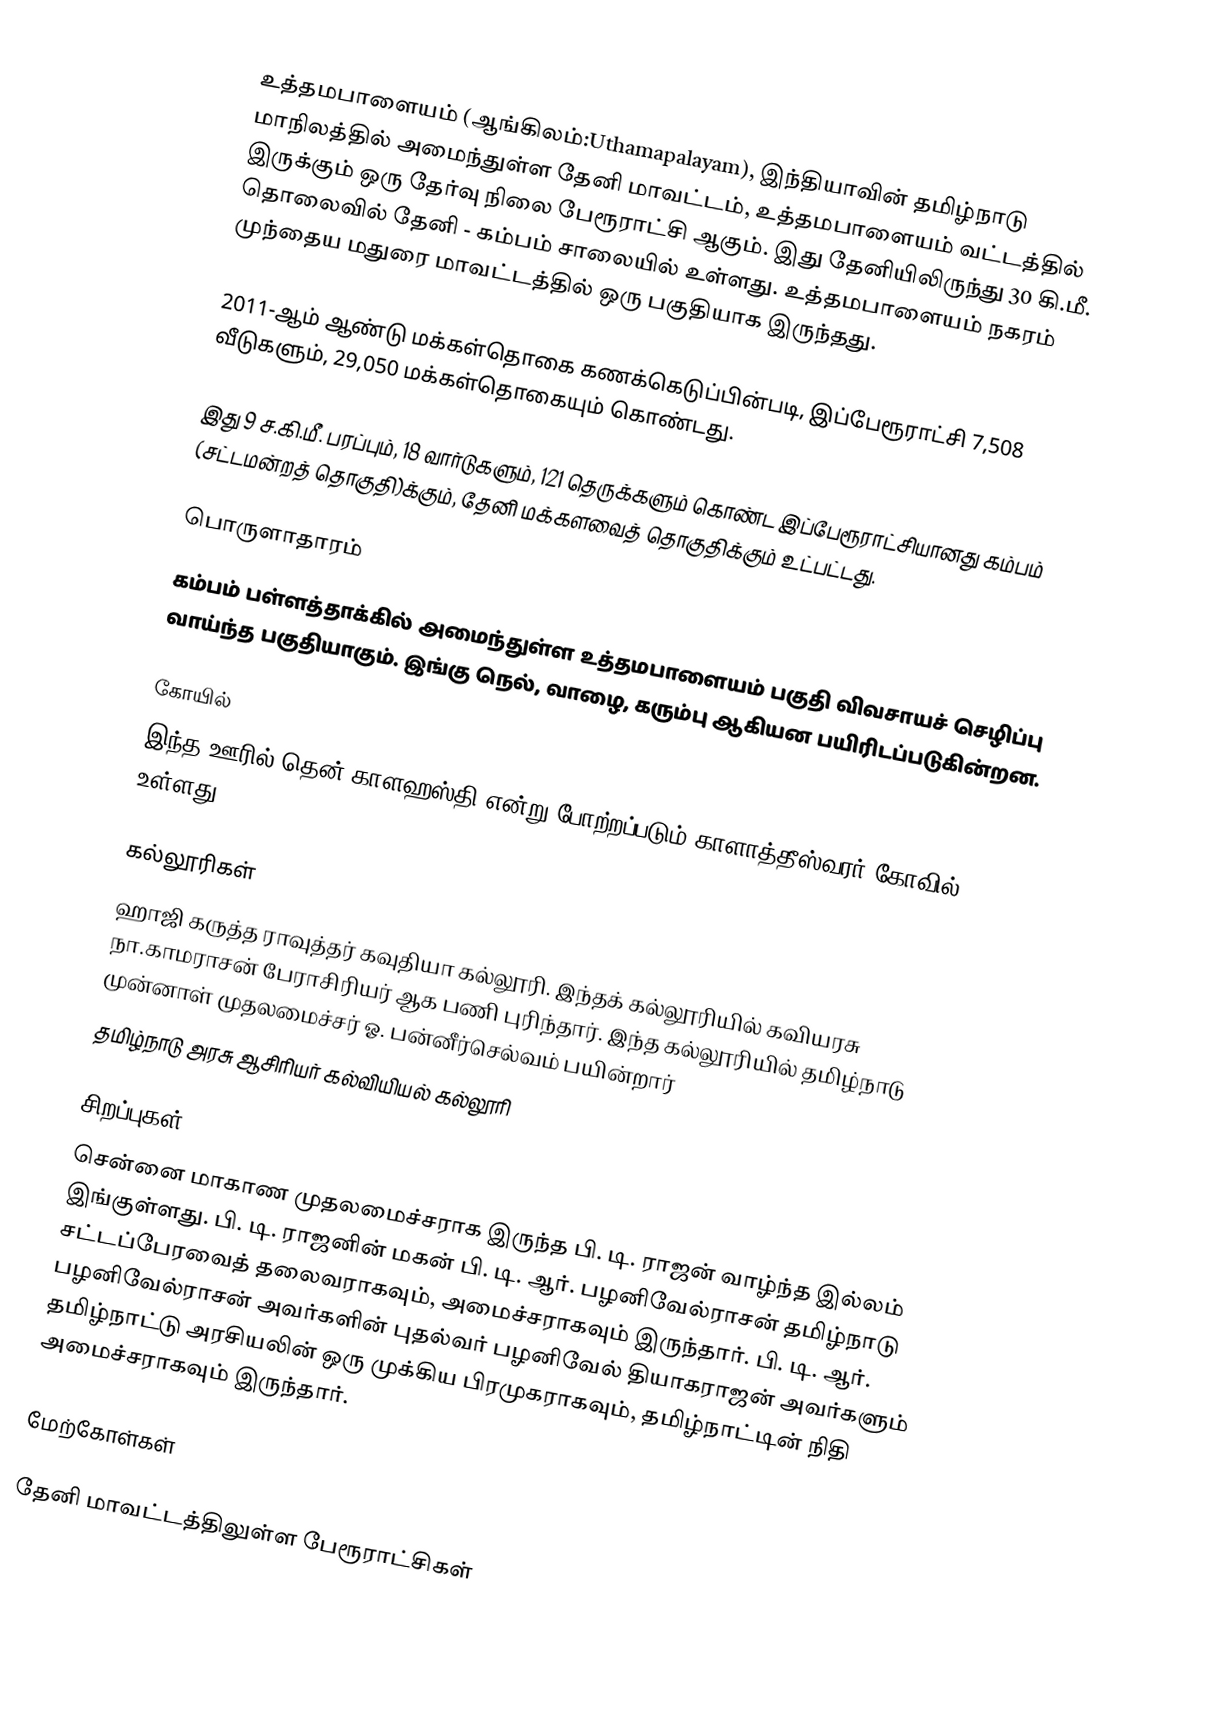
உத்தமபாளையம் (ஆங்கிலம்:Uthamapalayam), இந்தியாவின் தமிழ்நாடு மாநிலத்தில் அமைந்துள்ள தேனி மாவட்டம், உத்தமபாளையம் வட்டத்தில் இருக்கும் ஒரு தேர்வு நிலை பேரூராட்சி ஆகும். இது தேனியிலிருந்து 30 கி.மீ. தொலைவில் தேனி - கம்பம் சாலையில் உள்ளது. உத்தமபாளையம் நகரம் முந்தைய மதுரை மாவட்டத்தில் ஒரு பகுதியாக இருந்தது.

2011-ஆம் ஆண்டு மக்கள்தொகை கணக்கெடுப்பின்படி, இப்பேரூராட்சி 7,508 வீடுகளும், 29,050 மக்கள்தொகையும் கொண்டது.

இது 9 ச.கி.மீ. பரப்பும், 18 வார்டுகளும், 121 தெருக்களும் கொண்ட இப்பேரூராட்சியானது கம்பம் (சட்டமன்றத் தொகுதி)க்கும், தேனி மக்களவைத் தொகுதிக்கும் உட்பட்டது.

பொருளாதாரம்
கம்பம் பள்ளத்தாக்கில் அமைந்துள்ள உத்தமபாளையம் பகுதி விவசாயச் செழிப்பு வாய்ந்த பகுதியாகும். இங்கு நெல், வாழை, கரும்பு ஆகியன பயிரிடப்படுகின்றன.

கோயில்
இந்த ஊரில் தென் காளஹஸ்தி என்று போற்றப்படும் காளாத்தீஸ்வரர் கோவில் உள்ளது.

கல்லூரிகள்
 ஹாஜி கருத்த ராவுத்தர் கவுதியா கல்லூரி. இந்தக் கல்லூரியில் கவியரசு நா.காமராசன் பேராசிரியர் ஆக பணி புரிந்தார். இந்த கல்லூரியில் தமிழ்நாடு முன்னாள் முதலமைச்சர் ஓ. பன்னீர்செல்வம் பயின்றார்
 தமிழ்நாடு அரசு ஆசிரியர் கல்வியியல் கல்லூரி

சிறப்புகள்
 சென்னை மாகாண முதலமைச்சராக இருந்த பி. டி. ராஜன் வாழ்ந்த இல்லம் இங்குள்ளது. பி. டி. ராஜனின் மகன் பி. டி. ஆர். பழனிவேல்ராசன் தமிழ்நாடு சட்டப்பேரவைத் தலைவராகவும், அமைச்சராகவும் இருந்தார்.  பி. டி. ஆர். பழனிவேல்ராசன் அவர்களின் புதல்வர் பழனிவேல் தியாகராஜன் அவர்களும் தமிழ்நாட்டு அரசியலின் ஒரு முக்கிய பிரமுகராகவும், தமிழ்நாட்டின் நிதி அமைச்சராகவும் இருந்தார்.

மேற்கோள்கள்

தேனி மாவட்டத்திலுள்ள பேரூராட்சிகள்